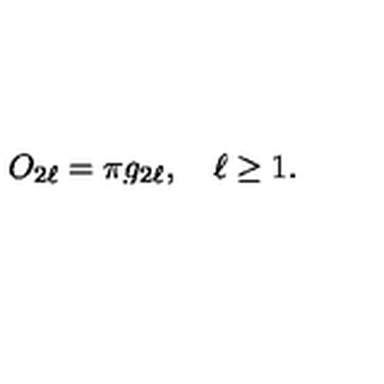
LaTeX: O _ { 2 \ell } = \pi g _ { 2 \ell } , \quad \ell \ge 1 .